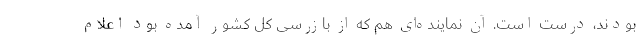
بودند، درست است. آن نماینده‌ای هم که از بازرسی کل کشور آمده بود اعلام